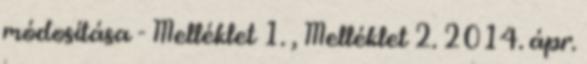
módosítása - Melléklet 1. , Melléklet 2. 2014. ápr.